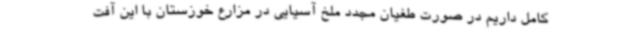
کامل داریم در صورت طغیان مجدد ملخ آسیایی در مزارع خوزستان با این آفت